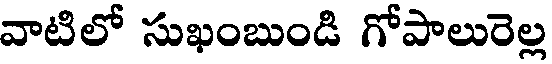
వాటిలో సుఖంబుండి గోపాలురెల్ల